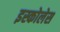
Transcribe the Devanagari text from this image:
इस्कोलेस